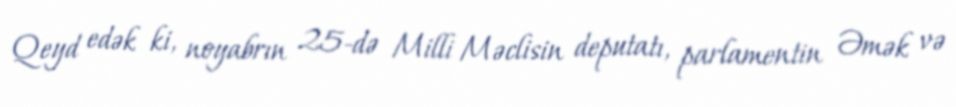
Qeyd edək ki, noyabrın 25-də Milli Məclisin deputatı, parlamentin Əmək və